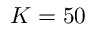
K = 5 0